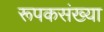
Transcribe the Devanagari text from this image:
रूपकसंख्या